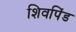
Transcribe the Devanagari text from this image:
शिवपिंड